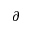
\partial